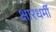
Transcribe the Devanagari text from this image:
क्षारधर्मी